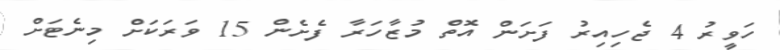
ހަވީރު 4 ޖެހިއިރު ފަށަން އޮތް މުޒާހަރާ ފެށެން 15 ވަރަކަށް މިނެޓަށް